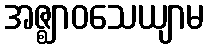
အဇ္ဈာဝသေယျာမ